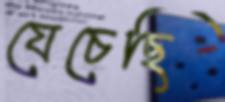
যেচেছি